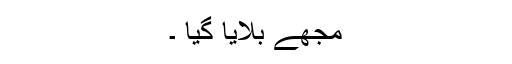
مجھے بلایا گیا ۔